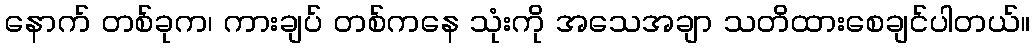
နောက် တစ်ခုက၊ ကားချပ် တစ်ကနေ သုံးကို အသေအချာ သတိထားစေချင်ပါတယ်။